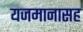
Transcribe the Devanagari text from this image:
यजमानासह